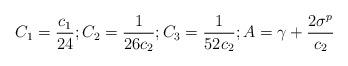
LaTeX: \begin{align*}C_{1}=\frac{c_{1}}{24};C_{2}=\frac{1}{26c_{2}};C_{3}=\frac{1}{52c_{2}};A=\gamma+\frac{2\sigma^{p}}{c_{2}}\end{align*}